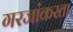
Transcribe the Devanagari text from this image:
गरजांकरता